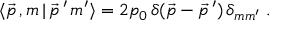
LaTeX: \langle \, \! \vec { p } \, , m \, | \, \vec { p } \, ^ { \prime } \, m ^ { \prime } \, \! \rangle = 2 p _ { 0 } \, \delta ( \vec { p } - \vec { p } \, ^ { \prime } ) \, \delta _ { m m ^ { \prime } } \; .